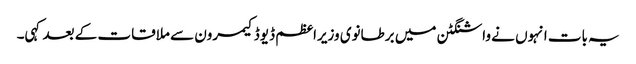
یہ بات انہوں نے واشنگٹن میں برطانوی وزیراعظم ڈیوڈ کیمرون سے ملاقات کے بعد کہی۔